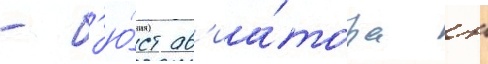
- б'ю́ст ав'иа́тора н